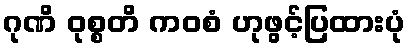
ဂုဏိ ဝုစ္စတိ ကဝစံ ဟုဖွင့်ပြထားပုံ